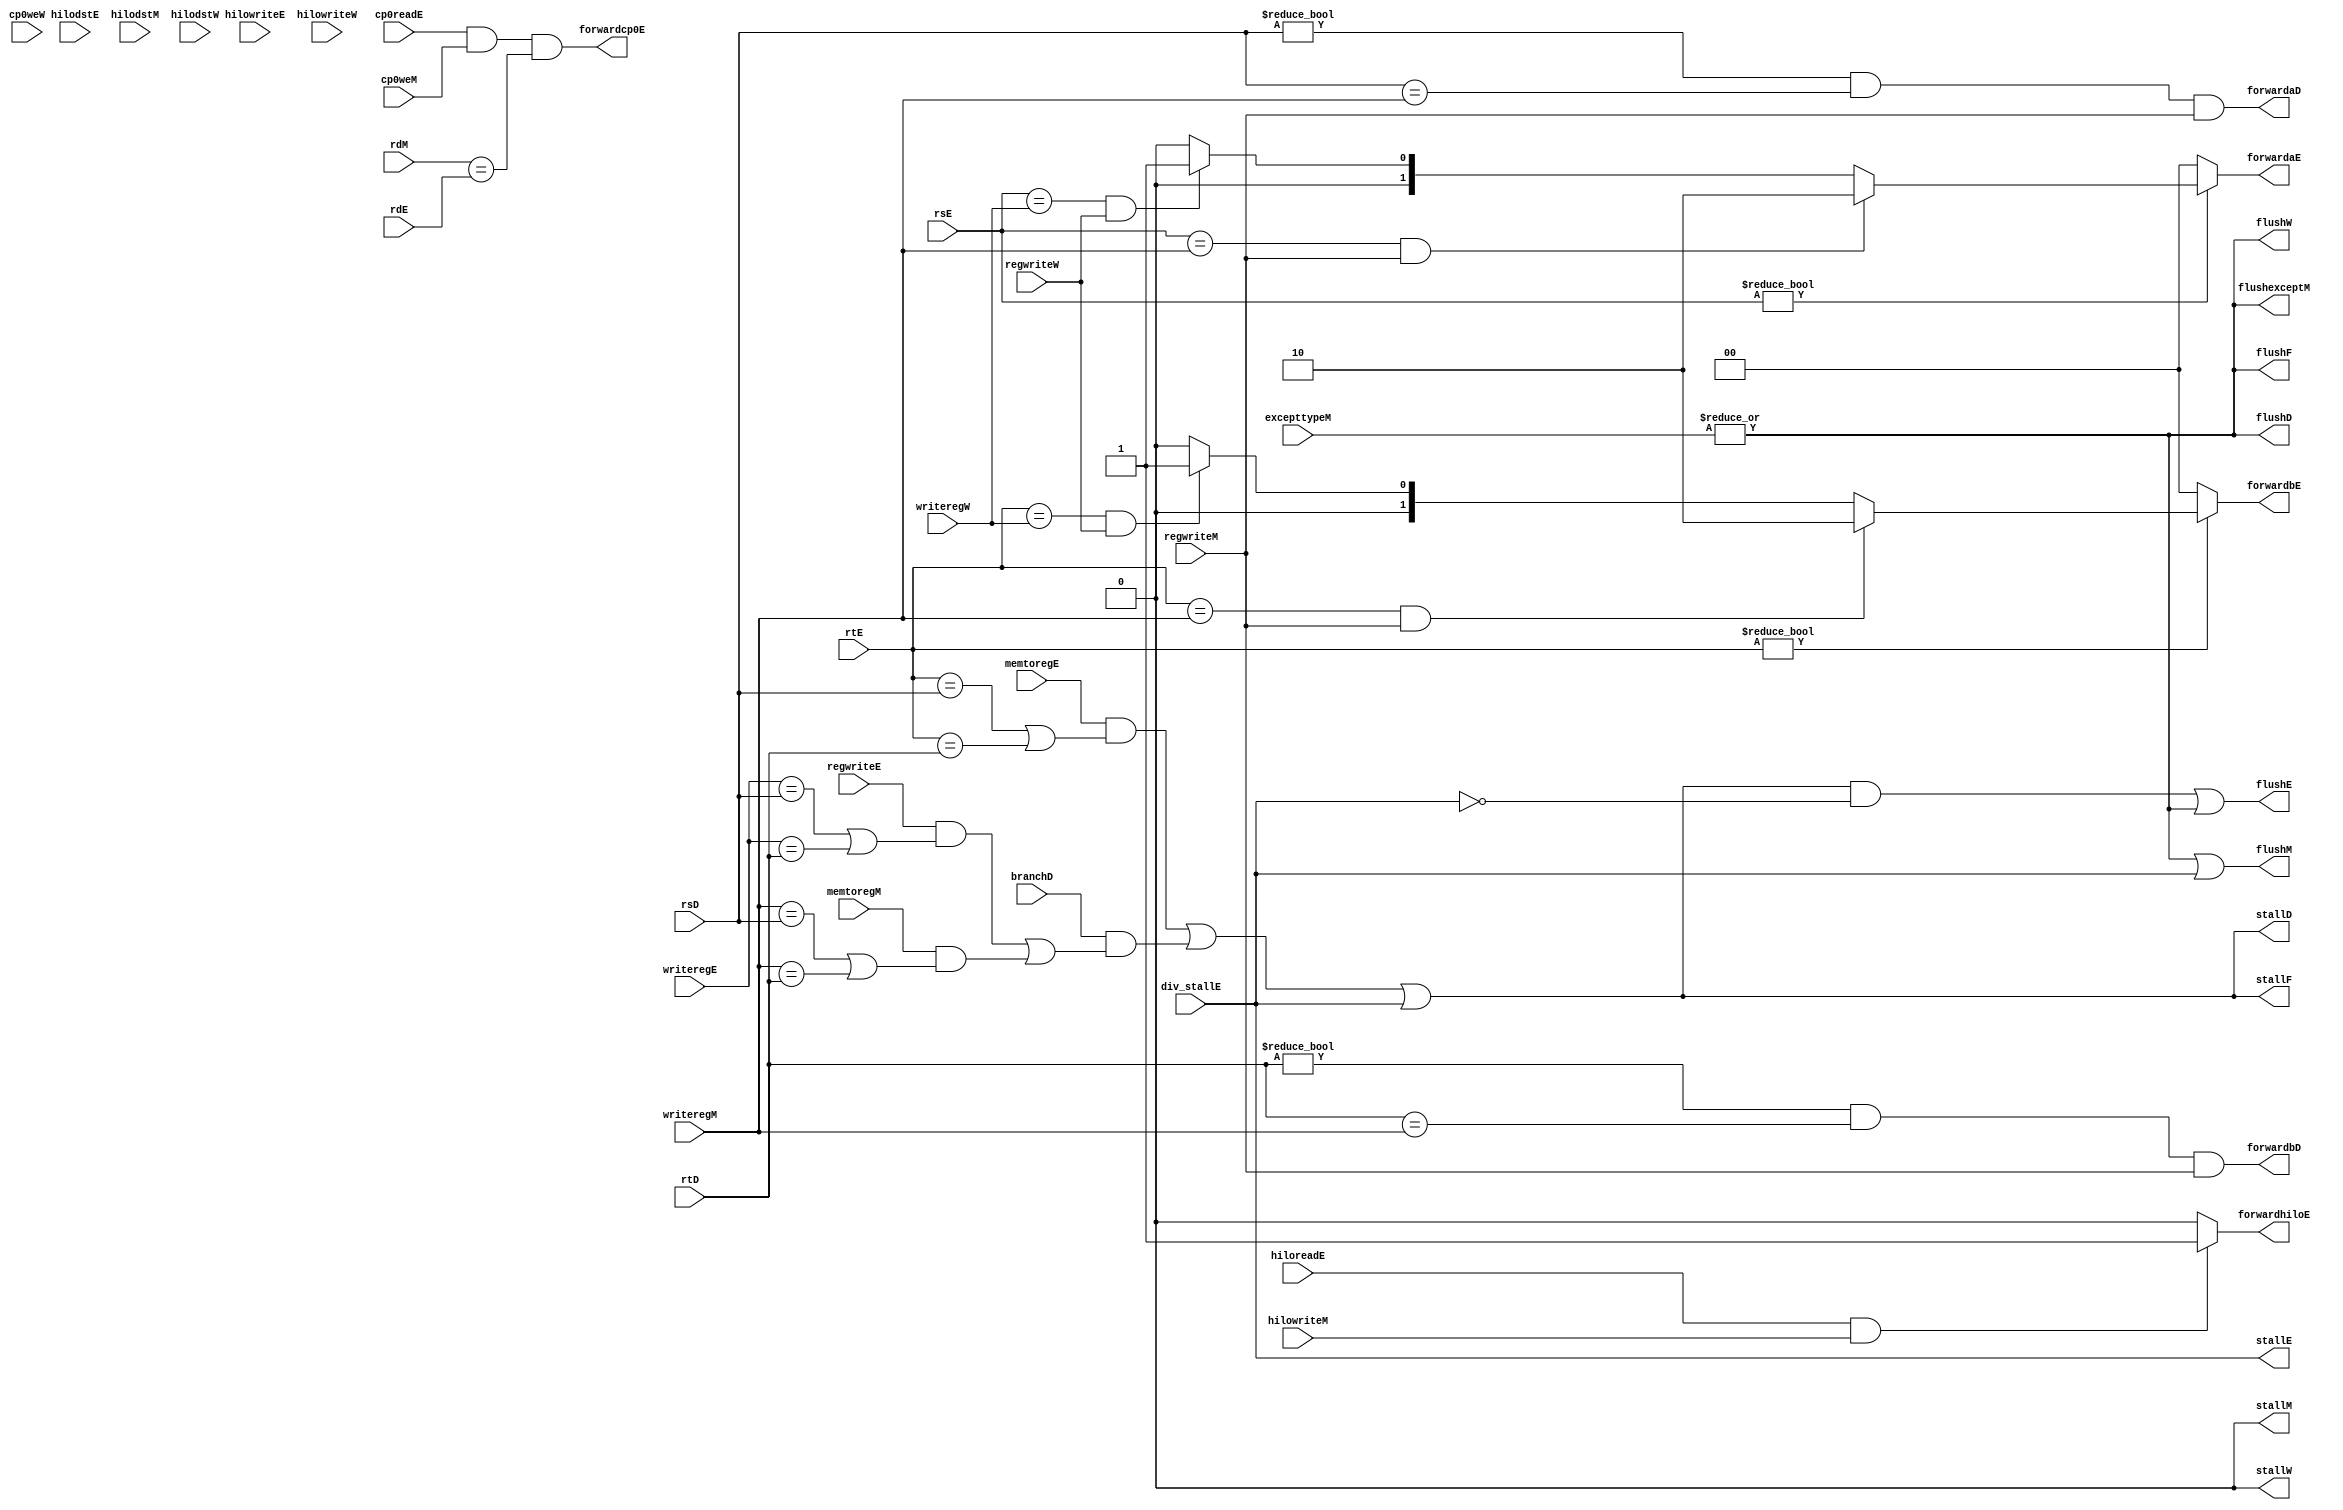
`timescale 1ns / 1ps
//////////////////////////////////////////////////////////////////////////////////
// Company: 
// Engineer: 
// 
// Design Name: 
// Module Name: hazard
// Project Name: 
// Target Devices: 
// Tool Versions: 
// Description: 
// 
// Dependencies: 
// 
// Revision:
// Revision 0.01 - File Created
// Additional Comments:
// 
//////////////////////////////////////////////////////////////////////////////////


module hazard(
	//fetch stage
	output wire stallF,flushF,
	//decode stage
	input wire[4:0] rsD,rtD,
	input wire branchD,
	output wire forwardaD,forwardbD,
	output wire stallD,flushD,
	//execute stage
	input wire[4:0] rsE,rtE,rdE,
	input wire[4:0] writeregE,
	input wire regwriteE,
	input wire memtoregE,
	output reg[1:0] forwardaE,forwardbE,
	input wire hilodstE,hilowriteE,hiloreadE,
	output forwardhiloE,
	input div_stallE,
	output stallE,flushE,
	input cp0readE,
	output forwardcp0E,
	//mem stage
	input wire[4:0] rdM,
	input wire[4:0] writeregM,
	input wire regwriteM,
	input wire memtoregM,
    input hilodstM,hilowriteM,
    output stallM,flushM,
    input cp0weM,
    input wire[31:0] excepttypeM, 
    output flushexceptM,
	//write back stage
	input wire[4:0] writeregW,
	input wire regwriteW,
	input hilodstW,hilowriteW,
	output stallW,flushW,
	input cp0weW
    );

	wire lwstallD,branchstallD,flushexcept;

	//forwarding sources to D stage (branch equality)
	assign forwardaD = (rsD != 0 & rsD == writeregM & regwriteM);
	assign forwardbD = (rtD != 0 & rtD == writeregM & regwriteM);
	
	//forwarding sources to E stage (ALU)
	always @(*) begin
		forwardaE = 2'b00;
		forwardbE = 2'b00;
		if(rsE != 0) begin
			/* code */
			if(rsE == writeregM & regwriteM) begin
				/* code */
				forwardaE = 2'b10;
			end else if(rsE == writeregW & regwriteW) begin
				/* code */
				forwardaE = 2'b01;
			end
		end
		if(rtE != 0) begin
			/* code */
			if(rtE == writeregM & regwriteM) begin
				/* code */
				forwardbE = 2'b10;
			end else if(rtE == writeregW & regwriteW) begin
				/* code */
				forwardbE = 2'b01;
			end
		end
	end

    assign forwardhiloE = ((hiloreadE != 0) && hilowriteM)? 1'b1:
             1'b0;
             
    assign forwardcp0E = ((cp0readE != 0) && cp0weM && rdM == rdE);

	//stalls
	assign  lwstallD = memtoregE & (rtE == rsD | rtE == rtD);
	assign  branchstallD = branchD &
				(regwriteE & 
				(writeregE == rsD | writeregE == rtD) |
				memtoregM &
				(writeregM == rsD | writeregM == rtD));
	assign  stallD = lwstallD | branchstallD | div_stallE;
	assign  stallF = stallD;
	assign  stallE = div_stallE;
	assign  stallM = 0;
	assign  stallW = 0;

    assign  flushexceptM = (|excepttypeM);
    assign flushF = flushexceptM;
    assign flushD = flushexceptM;
	assign flushE = stallD & ~stallE | flushexceptM;
	assign flushM = flushexceptM|div_stallE;
	assign flushW = flushexceptM;

endmodule